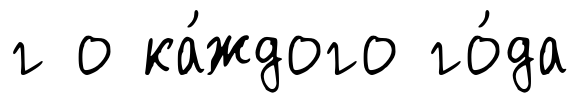
г о ка́ждого го́да